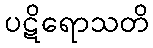
ပဋိရောသတိ